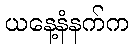
ယနေ့နံနက်က